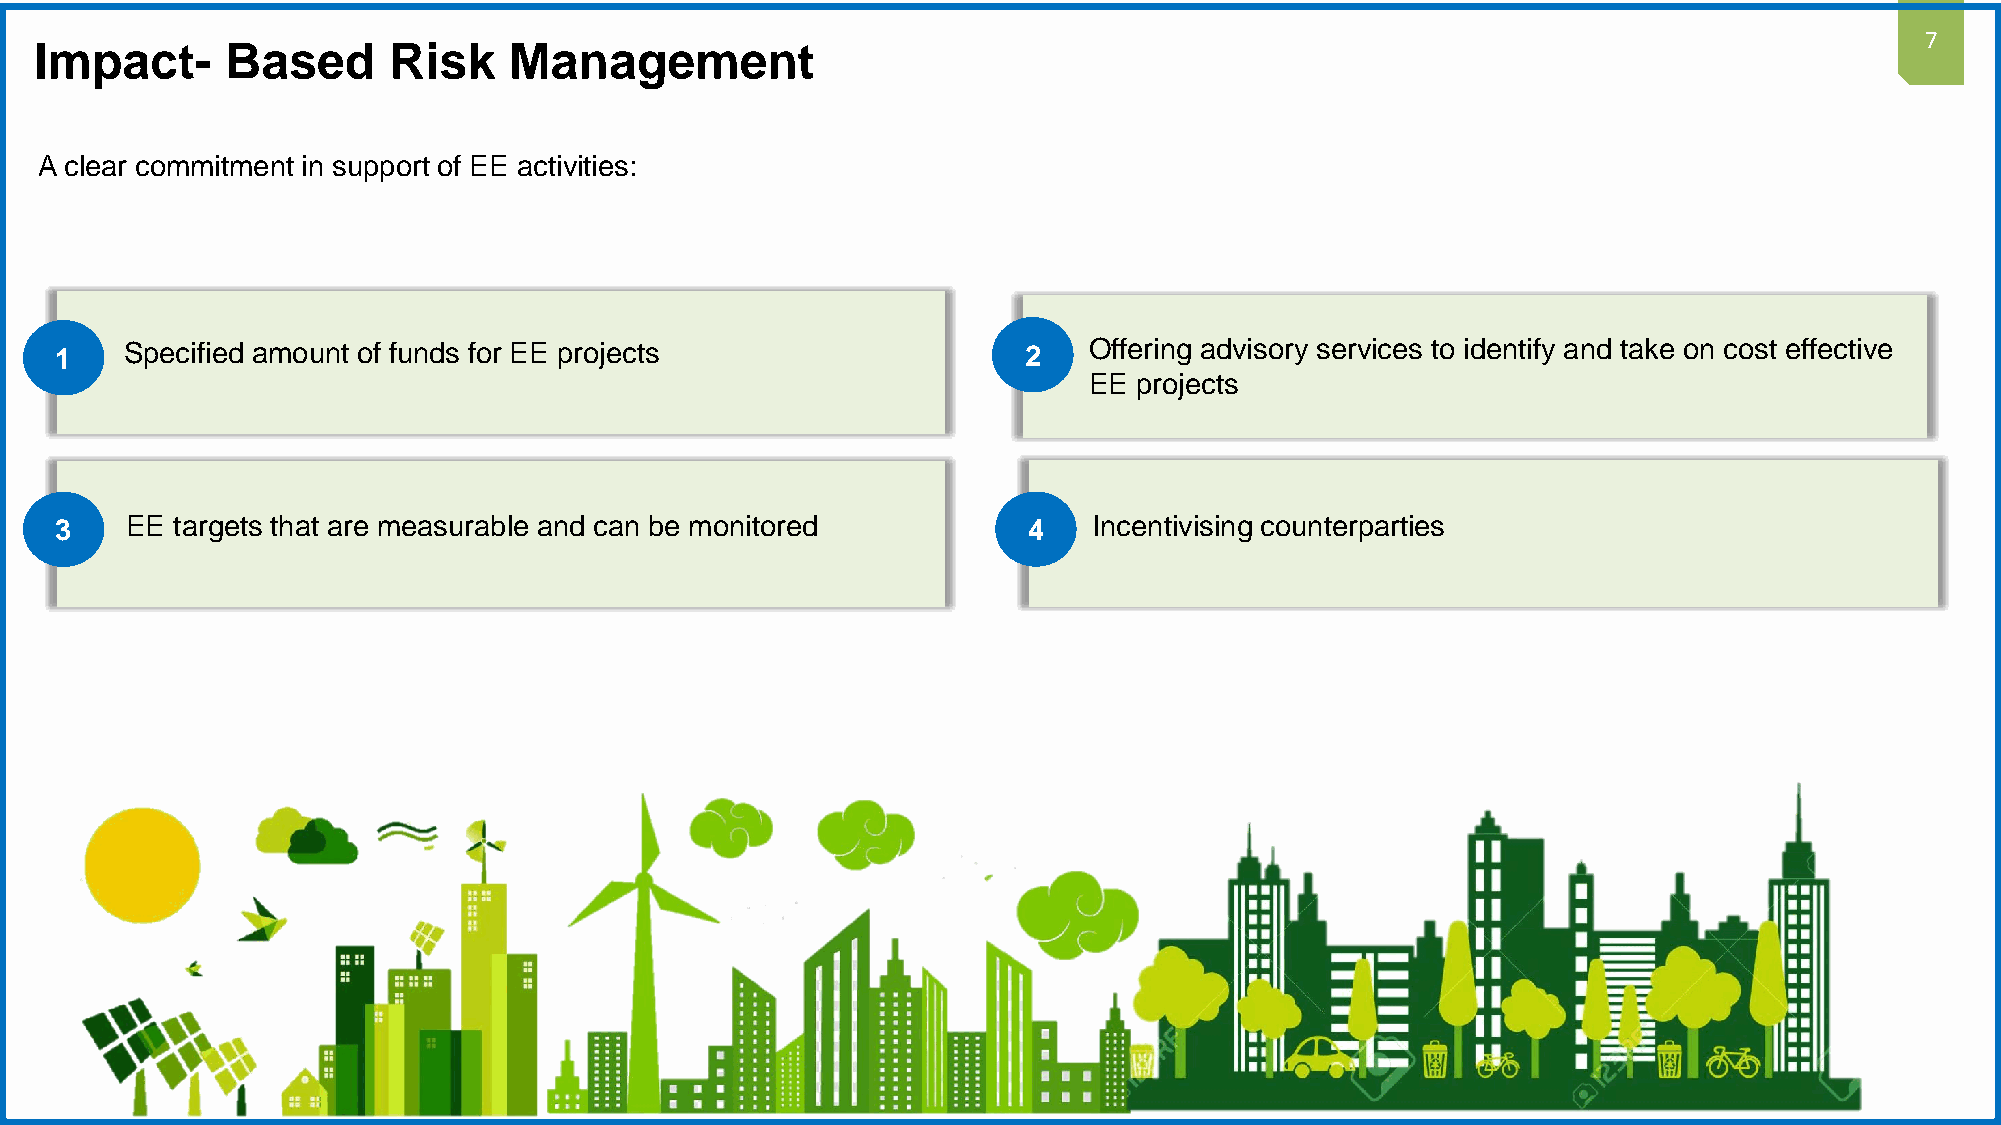
7
 Impact-      Based      Risk    Management
 A clear commitment in support of EE activities:
 1   Specified amount of funds for EE projects                   2   Offering advisory services to identify and take on cost effective
 EE projects
 3   EE targets that are measurable and can be monitored         4   Incentivising counterparties